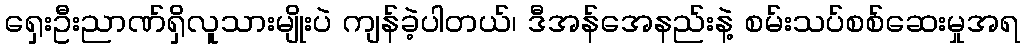
ရှေးဦးညာဏ်ရှိလူသားမျိုးပဲ ကျန်ခဲ့ပါတယ်၊ ဒီအန်အေနည်းနဲ့ စမ်းသပ်စစ်ဆေးမှုအရ